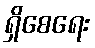
ရှိစေရေး